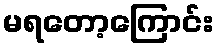
မရတော့ကြောင်း